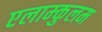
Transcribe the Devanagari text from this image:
एलाम्कुलम